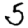
Digit: 5